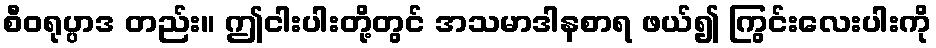
စီဝရုပ္ပာဒ တည်း။ ဤငါးပါးတို့တွင် အသမာဒါနစာရ ဖယ်၍ ကြွင်းလေးပါးကို